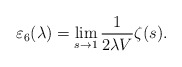
\begin{align*}\varepsilon_{6}(\lambda)=\lim_{s\rightarrow 1}\frac{1}{2\lambda V}\zeta(s).\\\end{align*}